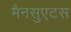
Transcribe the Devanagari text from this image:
मैनसुएटस